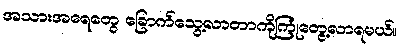
အသားအရေတွေ ခြောက်သွေ့လာတာကိုကြုံတွေ့လာရမယ်။